Report on the Civil Veterinary Department, Eastern Bengal and Assam - 1907-1911
Year: 1907
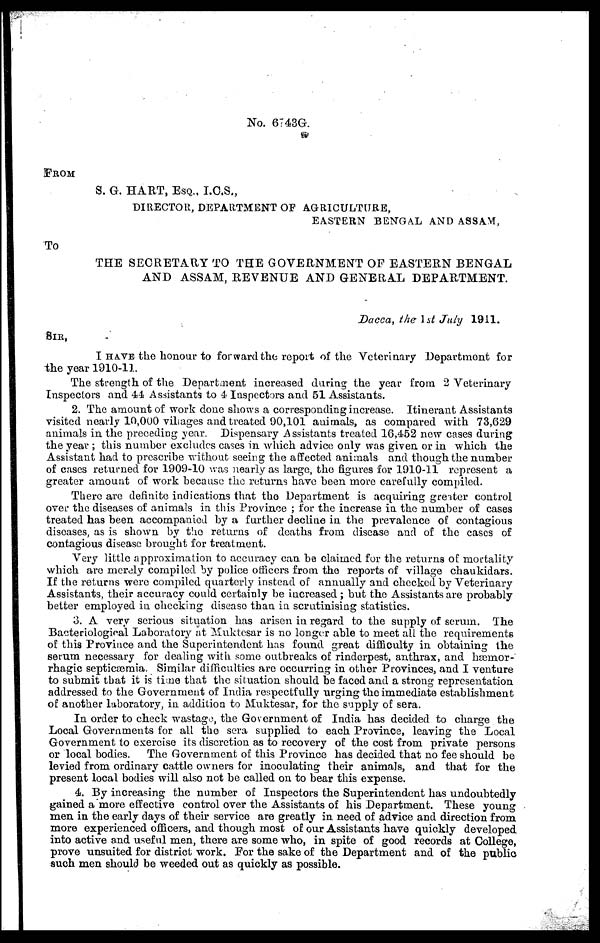
No. 6743G.
FROM
S. G. HART, ESQ., I.C.S.,
DIRECTOR, DEPARTMENT OF AGRICULTURE,
EASTERN BENGAL AND ASSAM,
To
THE SECRETARY TO THE GOVERNMENT OF EASTERN BENGAL
AND ASSAM, REVENUE AND GENERAL DEPARTMENT.
Dacca, the 1st July 1911.
SIR,
I HAVE the honour to forward the report of the Veterinary Department for
the year 1910-11.
The strength of the Department increased during the year from 2 Veterinary
Inspectors and 44 Assistants to 4 Inspectors and 51 Assistants.
2. The amount of work done shows a corresponding increase. Itinerant Assistants
visited nearly 10,000 villages and treated 90,101 animals, as compared with 73,629
animals in the preceding year. Dispensary Assistants treated 16,452 new cases during
the year; this number excludes cases in which advice only was given or in which the
Assistant had to prescribe without seeing the affected animals and though the number
of cases returned for 1909-10 was nearly as large, the figures for 1910-11 represent a
greater amount of work because the returns have been more carefully compiled.
There are definite indications that the Department is acquiring greater control
over the diseases of animals in this Province; for the increase in the number of cases
treated has been accompanied by a further decline in the prevalence of contagious
diseases, as is shown by the returns of deaths from disease and of the cases of
contagious disease brought for treatment.
Very little approximation to accuracy can be claimed for the returns of mortality
which are merely compiled by police officers from the reports of village chaukidars.
If the returns were compiled quarterly instead of annually and checked by Veterinary
Assistants, their accuracy could certainly be incrcased; but the Assistants are probably
better employed in cheeking disease than in scrutinising statistics.
3. A very serious situation has arisen in regard to the supply of serum. The
Bacteriological Laboratory at Muktesar is no longer able to meet all the requirements
of this Province and the Superintendent has found great difficulty in obtaining the
serum necessary for dealing with some outbreaks of rinderpest, anthrax, and hæmor-
rhagic septicæmia. Similar difficulties are occurring in other Provinces, and I venture
to submit that it is time that the situation should be faced and a strong representation
addressed to the Government of India respectfully urging the immediate establishment
of another laboratory, in addition to Muktesar, for the supply of sera.
In order to check wastage, the Government of India has decided to charge the
Local Governments for all the sera supplied to each Province, leaving the Local
Government to exercise its discretion as to recovery of the cost from private persons
or local bodies.
The Government of this Province has decided that no fee should be
levied from ordinary cattle owners for inoculating their animals, and that for the
present local bodies will also not be called on to bear this expense.
4. By increasing the number of Inspectors the Superintendent has undoubtedly
gained a more effective control over the Assistants of his Department. These young
men in the early days of their service are greatly in need of advice and direction from
more experienced officers, and though most of our Assistants have quickly developed
into active and useful men, there are some who, in spite of good records at College,
prove unsuited for district work. For the sake of the Department and of the public
such men should be weeded out as quickly as possible.